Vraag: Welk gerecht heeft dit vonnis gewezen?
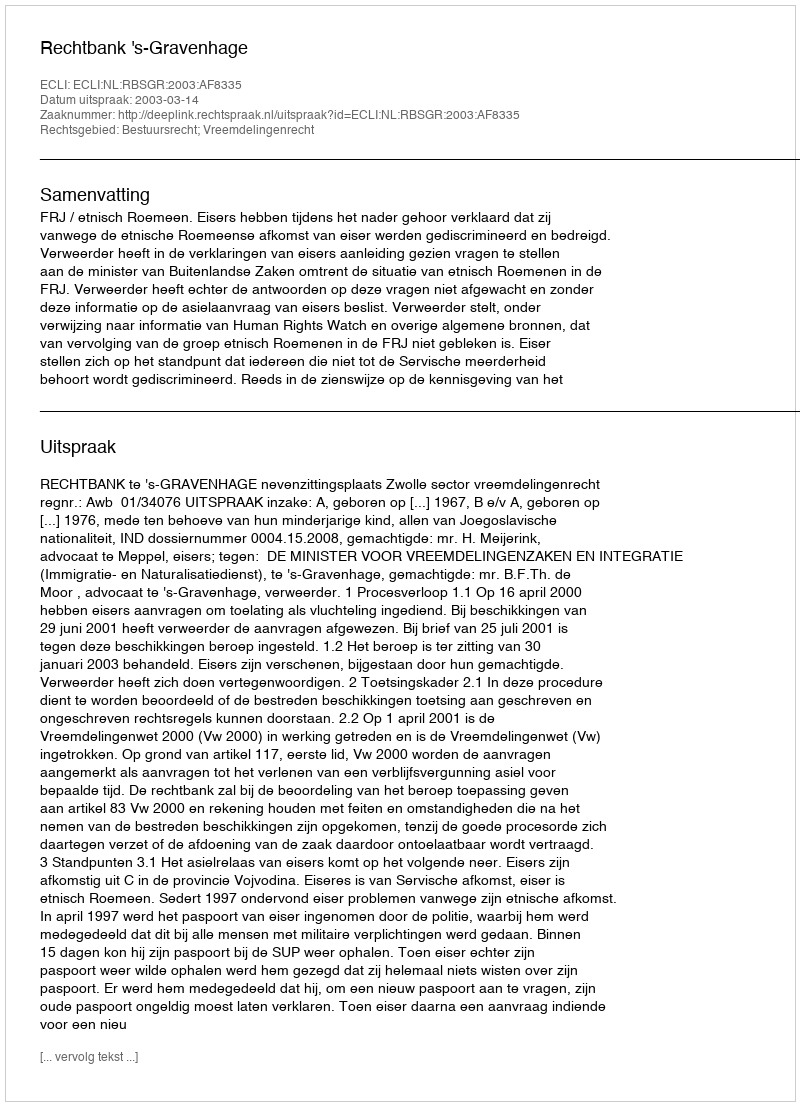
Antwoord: Rechtbank 's-Gravenhage